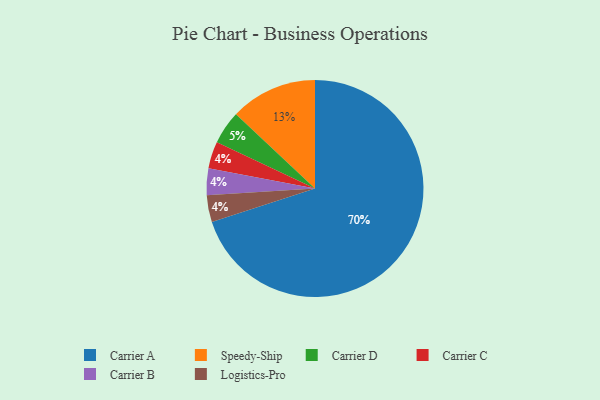
{"axis": {"x": "Category", "y": "Percentage"}, "legend": ["Carrier A", "Carrier B", "Carrier C", "Carrier D", "Logistics-Pro", "Speedy-Ship"], "data": [{"x": "Carrier A", "y": 70, "type": "Carrier A"}, {"x": "Carrier C", "y": 4, "type": "Carrier C"}, {"x": "Carrier B", "y": 4, "type": "Carrier B"}, {"x": "Logistics-Pro", "y": 4, "type": "Logistics-Pro"}, {"x": "Speedy-Ship", "y": 13, "type": "Speedy-Ship"}, {"x": "Carrier D", "y": 5, "type": "Carrier D"}]}